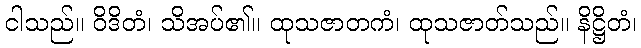
ငါသည်။ ဝိဒိတံ၊ သိအပ်၏။ ထုသဇာတကံ၊ ထုသဇာတ်သည်။ နိဋ္ဌိတံ၊